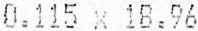
0.115 X 18.96